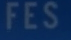
FES